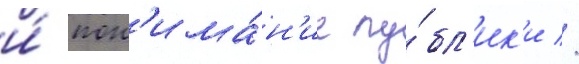
и́ пон'има́н'ие пу́бл'ик'и //